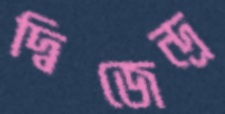
দ্বিজেন্দ্র